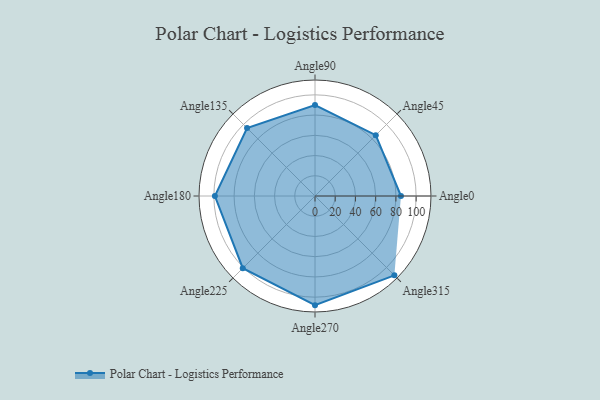
{"axis": {"x": "Angle", "y": "Radius"}, "legend": [""], "data": [{"x": "Angle0", "y": 85.0, "type": ""}, {"x": "Angle45", "y": 85.0, "type": ""}, {"x": "Angle90", "y": 90.0, "type": ""}, {"x": "Angle135", "y": 95.0, "type": ""}, {"x": "Angle180", "y": 99.0, "type": ""}, {"x": "Angle225", "y": 101.0, "type": ""}, {"x": "Angle270", "y": 108.0, "type": ""}, {"x": "Angle315", "y": 111.0, "type": ""}]}